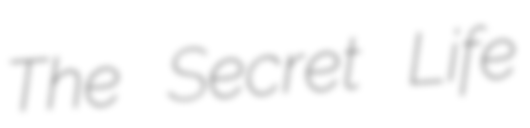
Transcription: The Secret Life